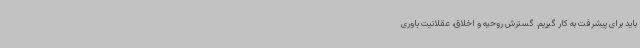
باید برای پیشرفت به کار گیریم. گسترش روحیه و اخلاق، عقلانیت باوری